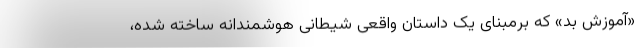
«آموزش بد» که برمبنای یک داستان واقعی شیطانی هوشمندانه ساخته شده،